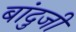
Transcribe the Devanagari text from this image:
बांदुजी